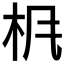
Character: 𱣃